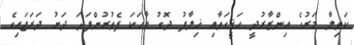
ކަތިލާ މަރުގެ އިންޒާރުދީ ހަޤީގަތާއި ޚިލާފު ދޮގު ވާހަކަ ފެތުރުންފަދަ ދަށު ދަރަޖައިގެ